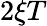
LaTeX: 2\xi T